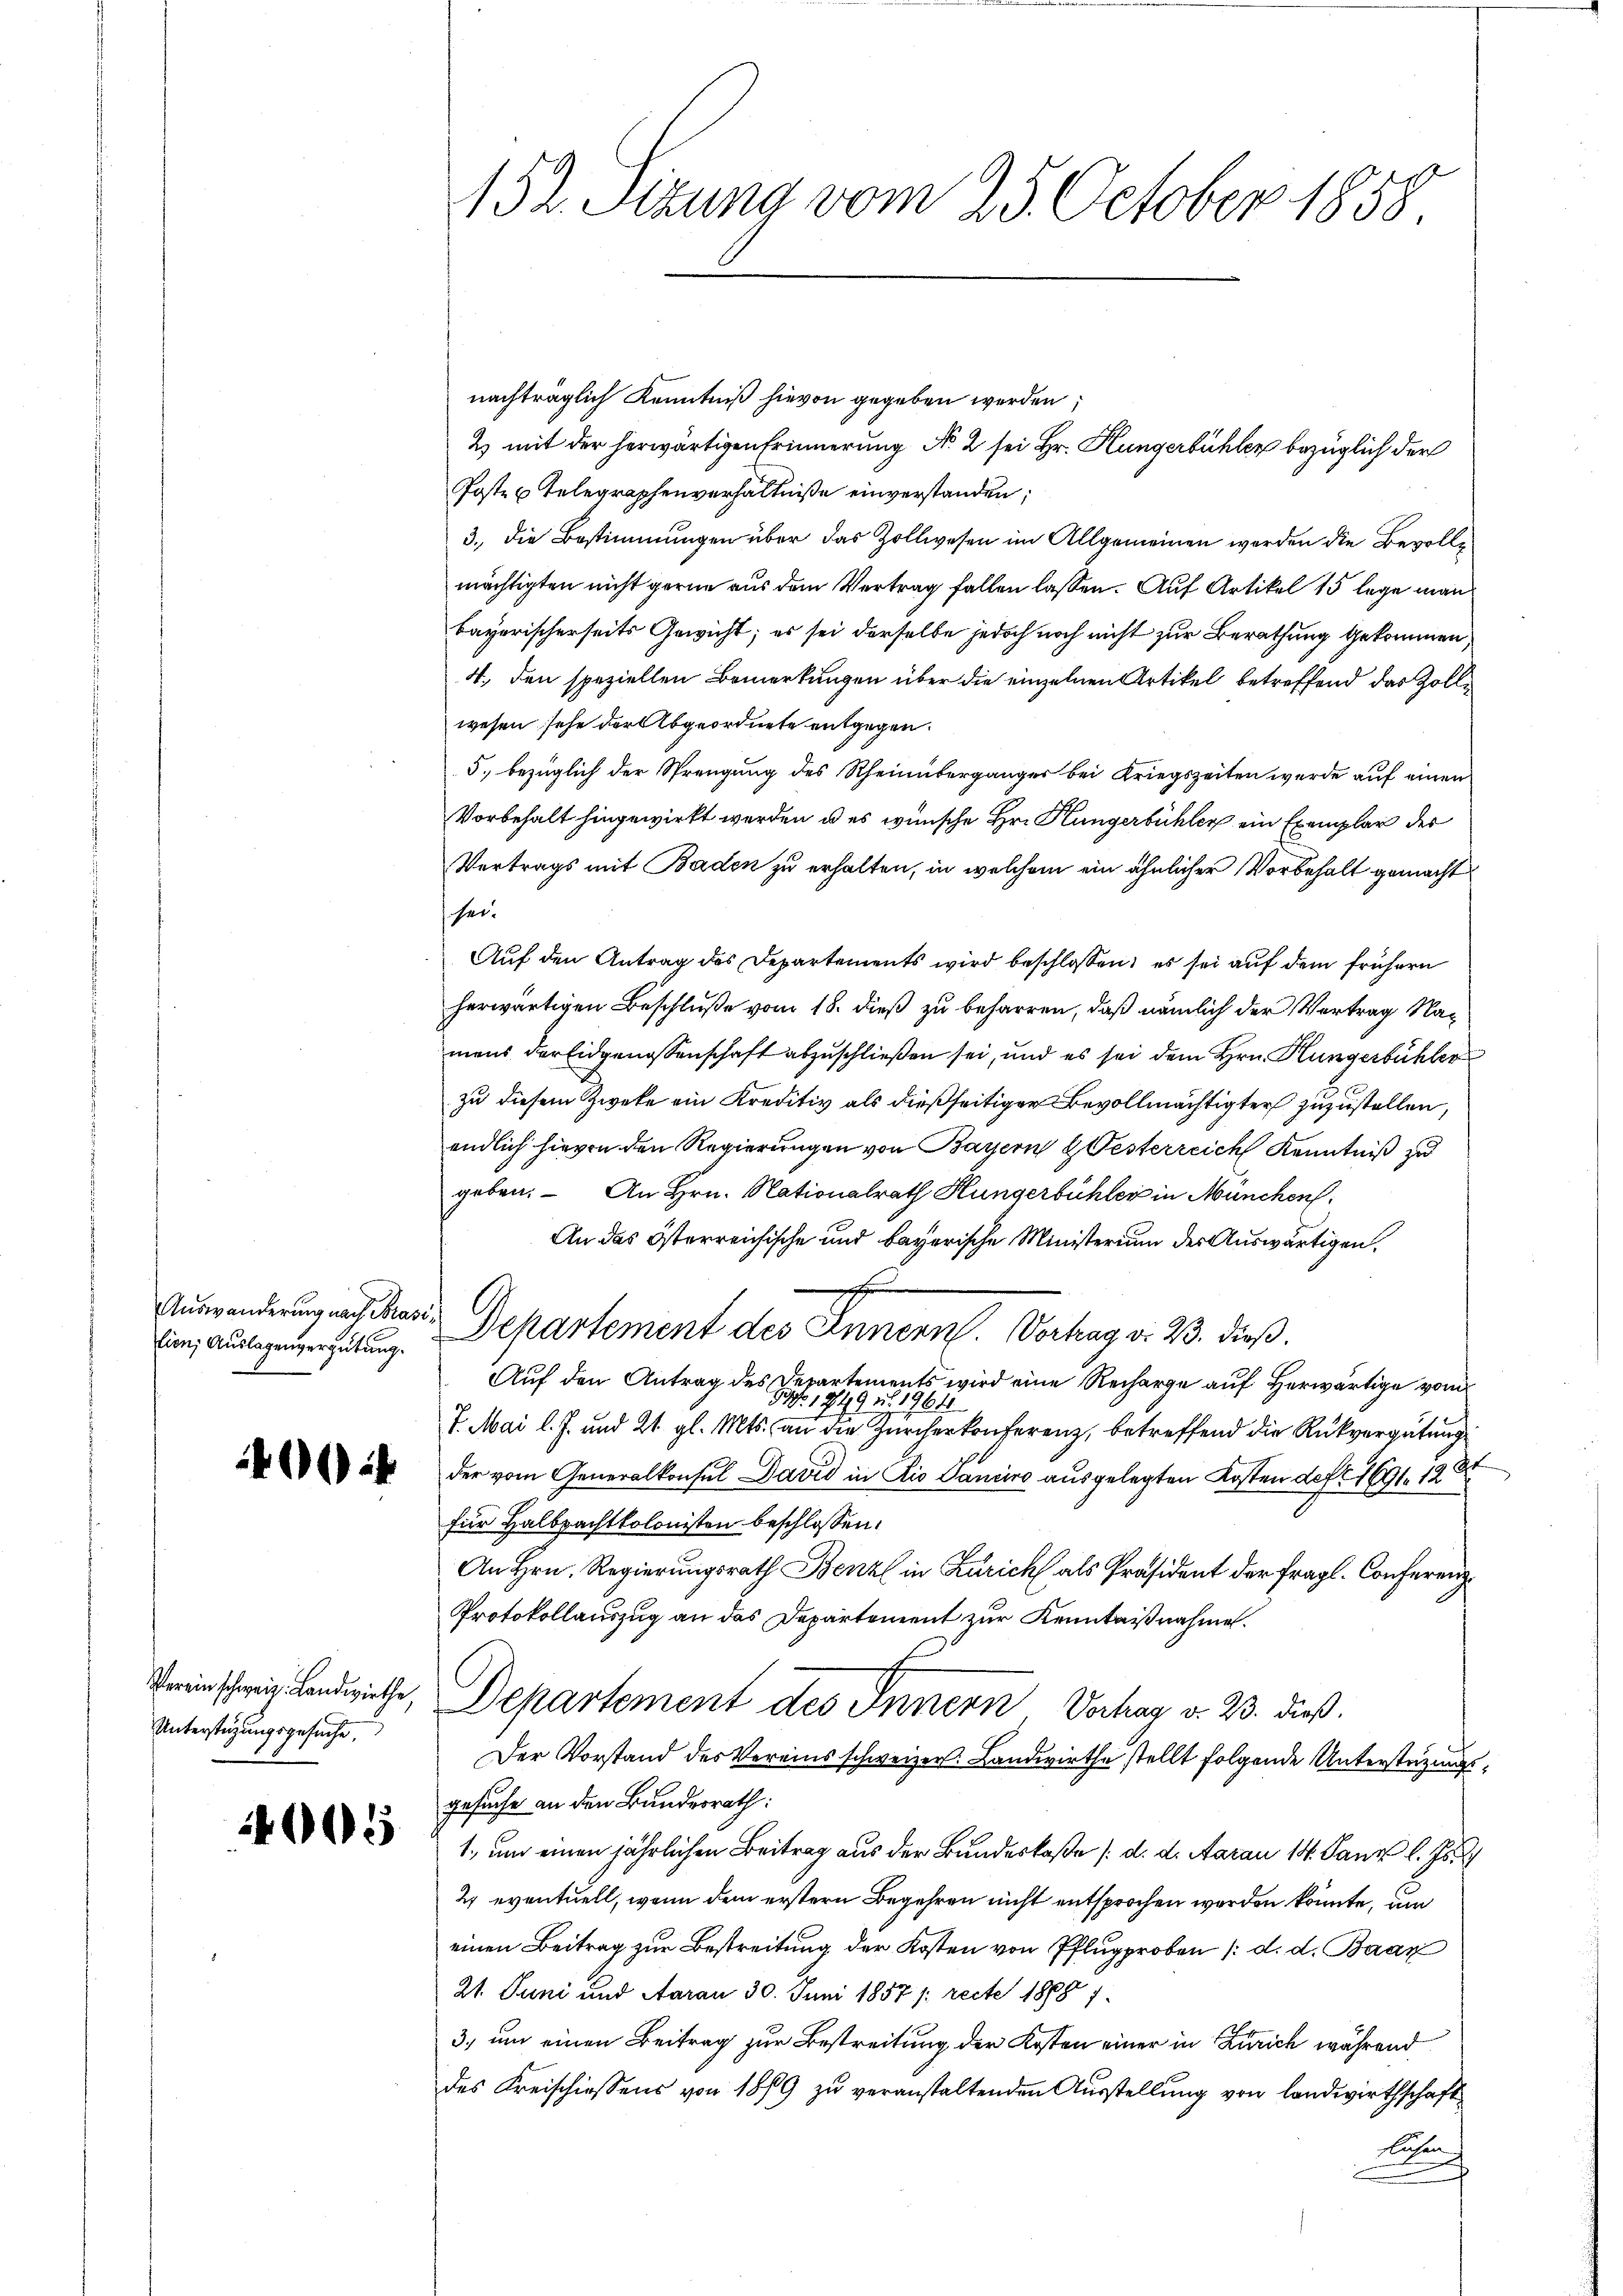
Auswanderung nach Brasi
tion; Auslagenvergütung.

002

Unterstüzungsgesuche

005

152. Sizung vom 25. October 1858

nachträglich Kenntniß hievon gegeben werden
& mit der herwärtigen Erinnerung Nr. 2 sei Hr. Küngerbüchler bezüglich der
Poste u. Telegraphenverhältniße einverstanden;
3., die Bestimmungen über das Zollwesen im Allgemeinen worden die Bevollmächtigten nicht gerne aus dem Vertrag fallen lassen. Auf Artikel 15 lege man
bayerischerseits Gewicht; es sei derselbe jedoch noch nicht zur Berathung gekommen,
4., den speziellen Bemerkungen über die einzelnen Artikel betreffend das Zollwesen sehe der Abgeordnete entgegen.
5. bezüglich der Sprengung des Rheinübergänger bei Kriegszeiten werde auf einen
Vorbehalt hingewirkt werden, u es wünsche Hr. Küngerbühler ein Exemplar der
Vertrags mit Baden zu erhalten, in welchem ein ähnlicher Vorbehalt gemacht
hei¬
Auf den Antrag des Departements wird beschlossen; es sei auf dem frühern
herwärtigen Beschluße vom 18. dieß zu beharren, daß nämlich der Vertrag Namens der Eidgenossenschaft abzuschließen sei, und es sei dem Hrn. Hungerbühler
zu diesem Zweke ein Kreditiv als dießseitiger Bevollmächtigter zuzustellen,
endlich hievon den Regierungen von Bayern Oesterreich Kenntniß zu
geben. - An Hrn. Nationalrath Hungerbühler in München.
An das Österreichische und bayerische Ministerium der Auswärtigen,
Departement des Innern. Verhag v. 23. dieß.
Auf den Antrag des Departements wird eine Recharge auf herwärtige von
Geph. 1849 u. 19611
7. Mai l. J. und 21. gl. Mts. an die Zürcherkonferenz, betreffend die Rückvergütung
der vom Generalkonsul David in die Sanciro ausgelegten Kosten der 1691. 1984
für Halbpachtkolonisten beschlossen:
An Hrn. Regierungsrath Benz in Zürich als Präsident der fragl. Conferenz
Protokollauszug an das Departement zur Kenntnißnahme.
Prieschweiz. Landräthe, Departement des Innern Vorhag v. 23. dieß.
Der Vorstand des Vereins schweizer. Landwirthe stellt folgende Unterstüzungsgesuche an den Bundesrath:
1., um einen jährlichen Beitrag aus der Bundeskaße (d. d. Aarau 14. Tanz l. Js.
2 eventuell, wenn dem erstern Begehren nicht entsprochen werden könnte, um
einen Beitrag zur Bestreitung der Kosten von Pflugproben /: d. d. Baar
21. Juni und Aarau 30. Juni 1857 /: recte 1888 7
3., um einen Beitrag zur Bestreitung der Kosten einer in Zürich während
des Freischiessens von 1879 zu veranstaltenden Ausstellung von landwirthschaft
Abh